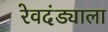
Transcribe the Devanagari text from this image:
रेवदंड्याला